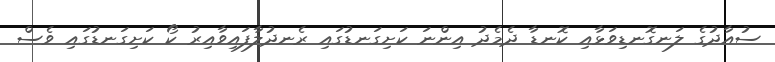
ސުއާދުގެ ލަނގޮނޑިވަޅާއި ކޮނޑާ ދެމެދު އިންނަ ކަށިގަނޑުގައި ރެނދުލާފައިވާއިރު ކޯ ކަށިގަނޑުގައި ވެސް